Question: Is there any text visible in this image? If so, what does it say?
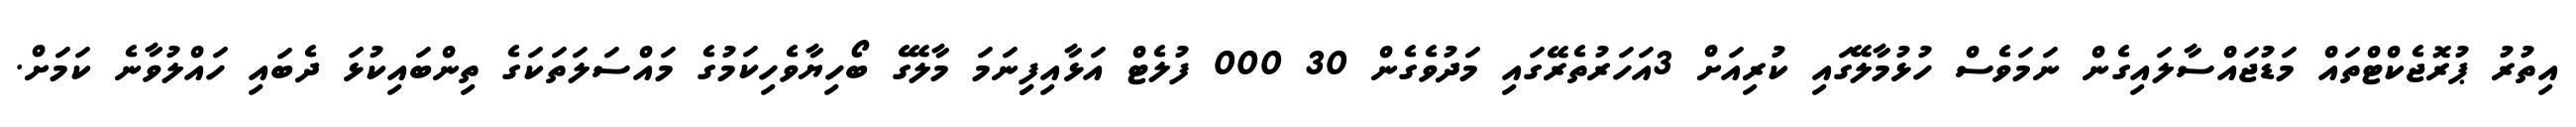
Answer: އިތުރު ޕުރޮޖެކްޓްތައް މަޑުޖައްސާލައިގެން ނަމަވެސް ހުޅުމާލޭގައި ކުރިއަށް 3އަހަރުތެރޭގައި މަދުވެގެން 30 000 ފުލެޓް އަޅާއިފިިނަމަ މާލޭގެ ބޯހިޔާވެހިކަމުގެ މައްސަލަތަކަގެ ތިންބައިކުޅަ ދެބައި ހައްލުވާނެ ކަމަށް.